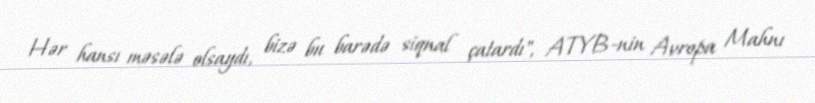
Hər hansı məsələ olsaydı, bizə bu barədə siqnal çatardı", ATYB-nin Avropa Mahnı